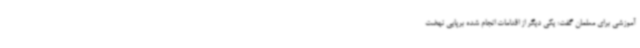
آموزشی برای معلمان گفت: یکی دیگر از اقدامات انجام شده برپایی نهضت